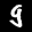
Label: 9